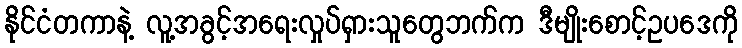
နိုင်ငံတကာနဲ့ လူ့အခွင့်အရေးလှုပ်ရှားသူတွေဘက်က ဒီမျိုးစောင့်ဥပဒေကို